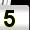
Digit: 5